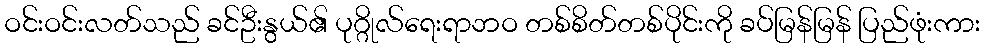
ဝင်းဝင်းလတ်သည် ခင်ဦးနွယ်၏ ပုဂ္ဂိုလ်ရေးရာဘဝ တစ်စိတ်တစ်ပိုင်းကို ခပ်မြန်မြန် ပြည်ဖုံးကား